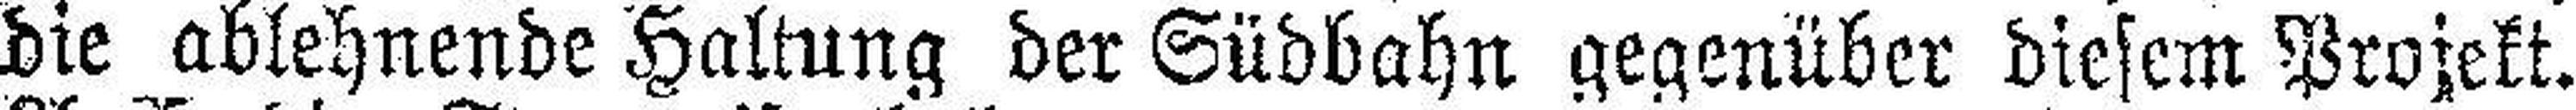
die ablehnende Haltung der Südbahn gegenüber diesem Projekt.